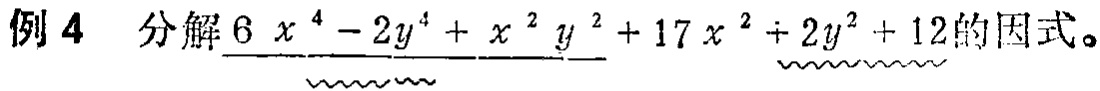
例 4 分解\(6x^{4}-2y^{4}+x^{2}y^{2}+17x^{2}+2y^{2}+12\)的因式。